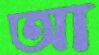
আ